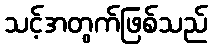
သင့်အတွက်ဖြစ်သည်